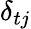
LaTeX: \delta_{tj}